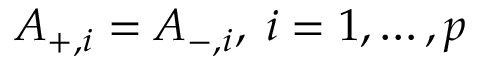
A _ { + , i } = A _ { - , i } , \; i = 1 , \ldots , p